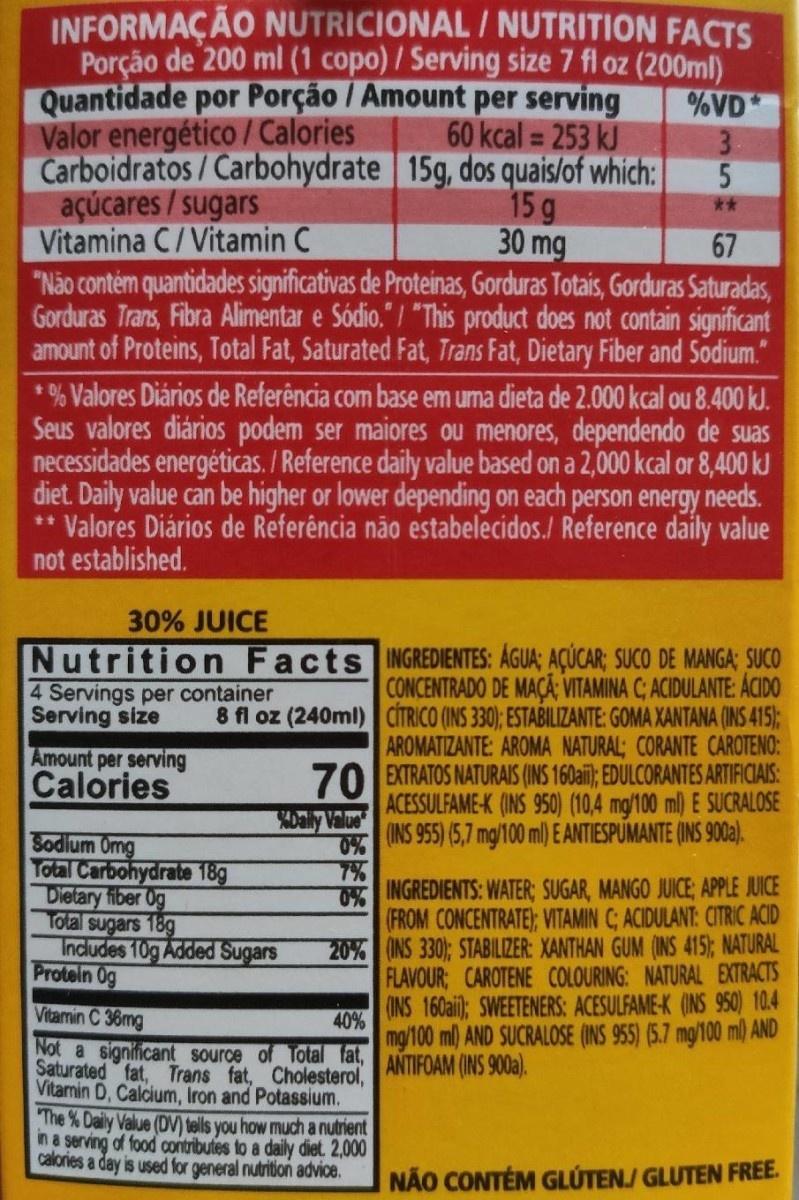
INFORMAÇÃO NUTRICIONAL / NUTRITION FACTS Porção de 200 ml (1 copo) / Serving size 7 fl oz (200ml) Quantidade por Porção / Amount per serving Valor energético / Calories Carboidratos / Carbohydrate 15g, dos quais/of which: açúcares/sugars Vitamina C/Vitamin C "Não contém quantidades significativas de Proteinas, Gorduras Totais, Gorduras Saturadas, Gorduras Trans, Fibra Alimentar e Sódio." / "This product does not contain significant amount of Proteins, Total Fat, Saturated Fat, Trans Fat, Dietary Fiber and Sodium."
60 kcal = 253 kJ
%VD 3.
%3D
15 g 30 mg
**
67
* % Valores Diários de Referência com base em uma dieta de 2.000 kcal ou 8.400 kJ. Seus valores diários podem ser maiores ou menores, dependendo de suas necessidades energéticas. / Reference daily value based on a 2,000 kcal or 8,400 kJ diet. Daily value can be higher or lower depending on each person energy needs. ** Valores Diários de Referência não estabelecidos./ Reference daily value not established.
30% JUICE
Nutrition Facts INGREDIENTES: ÁGUA; AÇÚCAR; SUCO DE MANGA; SUCO CONCENTRADO DE MAÇA: VITAMINA C; ACIDULANTE: ÁCIDO 8 fl oz (240ml) CÍTRICO (INS 330); ESTABILIZANTE: GOMA XANTANA (INS 415); AROMATIZANTE: AROMA NATURAL; CORANTE CAROTENO: 70 EXTRATOS NATURAIS (INS 160ail); EDULCORANTES ARTIFICIAIS: ACESSULFAME-K (INS 950) (10,4 mg/100 ml) E SUCRALOSE (INS 955) (5,7 mg/100 ml) E ANTIESPUMANTE (INS 900a).
4 Servings per container Serving size
Amount per serving Calories
Dally Value
Sodlum Omg Total Carbohydrate 18g Dietary fiber 0g Total sugars 18g Indludes 10g Added Sugars Protein 0g
0% 7% INGREDIENTS: WATER; SUGAR, MANGO JUICE; APPLE JUICE (FROM CONCENTRATE); VITAMIN C; ACIDULANT: CITRIC ACID 20% (INS 330); STABILIZER: XANTHAN GUM (INS 415); NATURAL FLAVOUR; CAROTENE COLOURING: NATURAL EXTRACTS (INS 160ai); SWEETENERS: ACESULFAME-K (INS 950) 10.4
Vitamin C 36mg
40% mg/100 ml) AND SUCRALOSE (INS 955) (5.7 mg/100 ml) AND
Not a significant Source of Total fat, ANTIFOAM (INS 900a). Saturated fat, Trans fat, Cholesterol, Vitamin D, Calcium, Iron and Potassium. The % Daily Value (DV) tells you how much a nutrient in a serving of food contributes to a daily diet. 2,000 calories a day is used for general nutrition advice.
NÃO CONTÉM GLÚTENJ GLUTEN FREE.